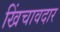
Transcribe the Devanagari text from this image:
खिंचावदार